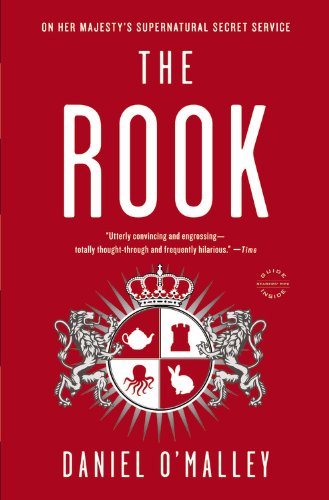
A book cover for The Rook: A Novel; Daniel O'Malley; Mystery, Thriller & Suspense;